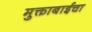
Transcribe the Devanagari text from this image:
मुक्ताबाईचा